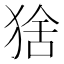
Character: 猞